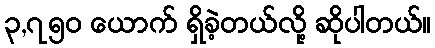
၃,၇၅၀ ယောက် ရှိခဲ့တယ်လို့ ဆိုပါတယ်။